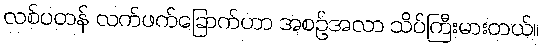
လစ်ပတန် လက်ဖက်ခြောက်ဟာ အစဉ်အလာ သိပ်ကြီးမားတယ်။